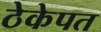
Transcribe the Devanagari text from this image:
ठेकेपत